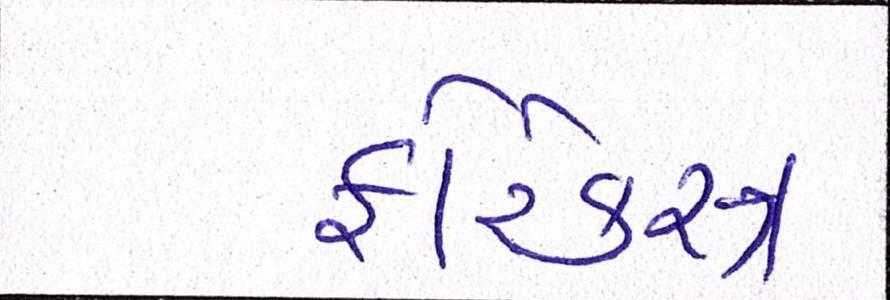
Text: ફોરેક્સ